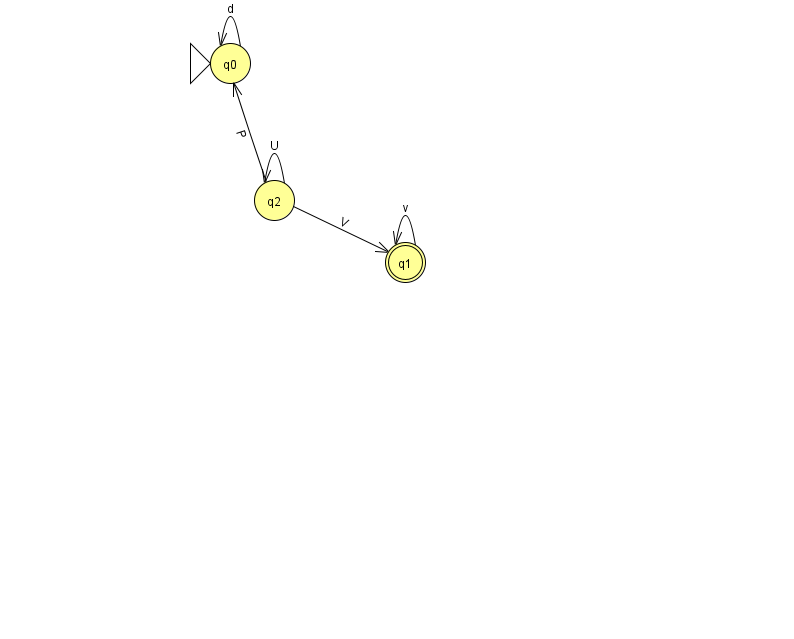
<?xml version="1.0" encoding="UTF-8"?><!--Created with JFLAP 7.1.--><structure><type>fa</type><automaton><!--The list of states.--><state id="0" name="q0"><x>230.0</x><y>50.0</y><initial/></state><state id="1" name="q1"><x>405.0</x><y>249.0</y><final/></state><state id="2" name="q2"><x>274.0</x><y>187.0</y></state><!--The list of transitions.--><transition><from>0</from><to>0</to><read>d</read></transition><transition><from>2</from><to>2</to><read>U</read></transition><transition><from>1</from><to>1</to><read>v</read></transition><transition><from>2</from><to>0</to><read>P</read></transition><transition><from>2</from><to>1</to><read>V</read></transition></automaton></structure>